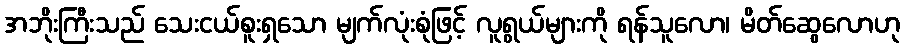
အဘိုးကြီးသည် သေးငယ်စူးရှသော မျက်လုံးစုံဖြင့် လူရွယ်များကို ရန်သူလော၊ မိတ်ဆွေလောဟု